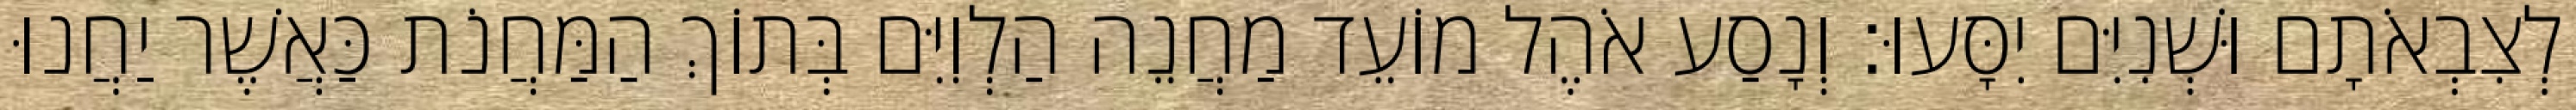
לְצִבְאֹתָם וּשְׁנִיִּם יִסָּעוּ׃ וְנָסַע אֹהֶל מוֹעֵד מַחֲנֵה הַלְוִיִּם בְּתוֹךְ הַמַּחֲנֹת כַּאֲשֶׁר יַחֲנוּ